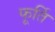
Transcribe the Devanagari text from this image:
फूर्ति